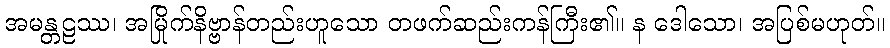
အမန္တဠဿ၊ အမြိုက်နိဗ္ဗာန်တည်းဟူသော တဖက်ဆည်းကန်ကြီး၏။ န ဒေါသော၊ အပြစ်မဟုတ်။